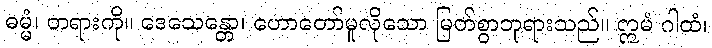
ဓမ္မံ၊ တရားကို။ ဒေသေန္တော၊ ဟောတော်မူလိုသော မြတ်စွာဘုရားသည်။ ဣမံ ဂါထံ၊